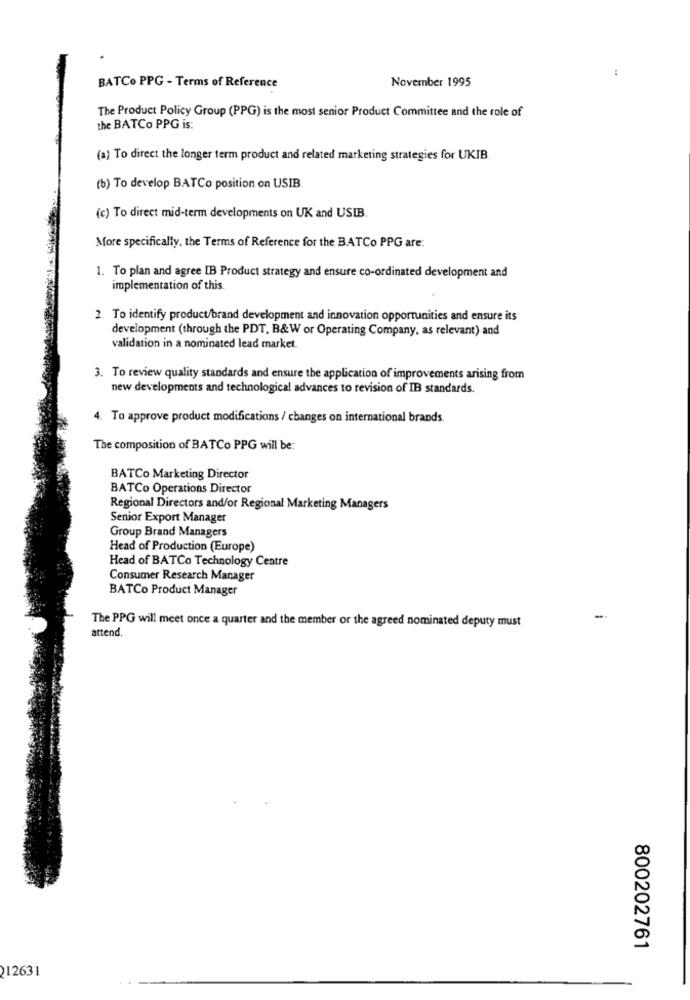
:
November 1995
BATCO PPG - Terms of Reference
The Product Policy Group (PPG) is the most senior Product Committee and the role of
the BATCo PPG is:
(a) To direct the longer term product and related marketing strategies for UKIB.
(b) To develop BATCo position on USIB
(c) To direct mid-term developments on UK and USIB.
More specifically, the Terms of Reference for the BATCo PPG are:
1. To plan and agree IB Product strategy and ensure co-ordinated development and
implementation of this.
2. To identify product/brand development and innovation opportunities and ensure its
development (through the PDT, B&W or Operating Company, as relevant) and
validation in a nominated lead market.
3. To review quality standards and ensure the application of improvements arising from
new developments and technological advances to revision of IB standards.
4. To approve product modifications / changes on international brands.
The composition of BATCo PPG will be:
BATCo Marketing Director
BATCo Operations Director
Regional Directors and/or Regional Marketing Managers
Senior Export Manager
Group Brand Managers
Head of Production (Europe)
Head of BATCo Technology Centre
Consumer Research Manager
BATCo Product Manager
The PPG will meet once a quarter and the member or the agreed nominated deputy must
-
attend.
800202761
212631